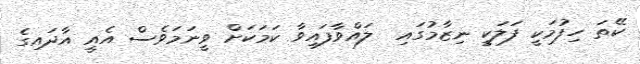
ކޭތަ ހިފުމަކީ ފަލަކީ ނިޒާމުގައި  ލައްވާފައިވާ ކަމަކަށް ވީނަމަވެސް އެއީ އާދައިގެ